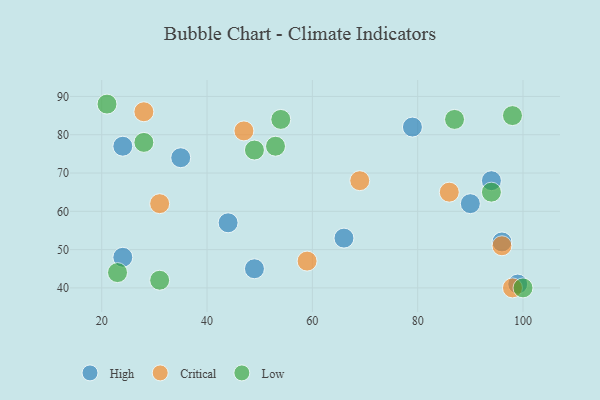
{"axis": {"x": "GDP", "y": "Life Expectancy"}, "legend": ["Critical", "High", "Low"], "data": [{"x": "94", "y": 68, "type": "High"}, {"x": "24", "y": 48, "type": "High"}, {"x": "66", "y": 53, "type": "High"}, {"x": "49", "y": 45, "type": "High"}, {"x": "79", "y": 82, "type": "High"}, {"x": "96", "y": 52, "type": "High"}, {"x": "44", "y": 57, "type": "High"}, {"x": "99", "y": 41, "type": "High"}, {"x": "35", "y": 74, "type": "High"}, {"x": "24", "y": 77, "type": "High"}, {"x": "90", "y": 62, "type": "High"}, {"x": "31", "y": 62, "type": "Critical"}, {"x": "86", "y": 65, "type": "Critical"}, {"x": "96", "y": 51, "type": "Critical"}, {"x": "28", "y": 86, "type": "Critical"}, {"x": "47", "y": 81, "type": "Critical"}, {"x": "98", "y": 40, "type": "Critical"}, {"x": "69", "y": 68, "type": "Critical"}, {"x": "59", "y": 47, "type": "Critical"}, {"x": "21", "y": 88, "type": "Low"}, {"x": "28", "y": 78, "type": "Low"}, {"x": "100", "y": 40, "type": "Low"}, {"x": "54", "y": 84, "type": "Low"}, {"x": "98", "y": 85, "type": "Low"}, {"x": "31", "y": 42, "type": "Low"}, {"x": "94", "y": 65, "type": "Low"}, {"x": "53", "y": 77, "type": "Low"}, {"x": "23", "y": 44, "type": "Low"}, {"x": "49", "y": 76, "type": "Low"}, {"x": "87", "y": 84, "type": "Low"}]}